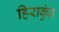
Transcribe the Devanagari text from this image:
हिराकुंड